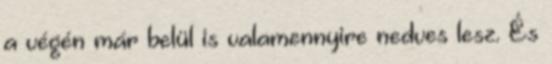
a végén már belül is valamennyire nedves lesz. És